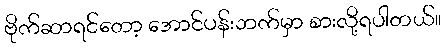
ဗိုက်ဆာရင်တော့ အောင်ပန်းဘက်မှာ စားလို့ရပါတယ်။